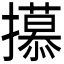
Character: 𫾕